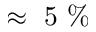
\approx ~ 5 ~ \%